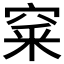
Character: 𥦓